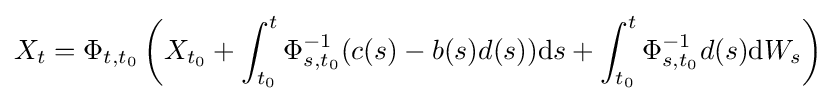
X_{t}=\Phi _{t,t_{0}}\left(X_{t_{0}}+\int _{t_{0}}^{t}\Phi _{s,t_{0}}^{-1}(c(s)-b(s)d(s))\mathrm {d} s+\int _{t_{0}}^{t}\Phi _{s,t_{0}}^{-1}d(s)\mathrm {d} W_{s}\right)